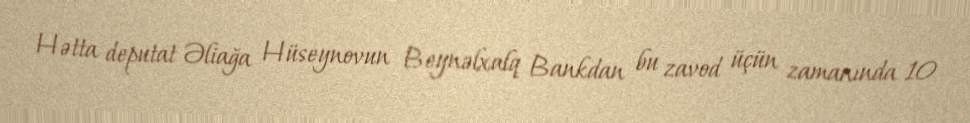
Hətta deputat Əliağa Hüseynovun Beynəlxalq Bankdan bu zavod üçün zamanında 10